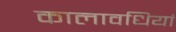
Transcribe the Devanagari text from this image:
कालावधियां